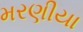
મરણીયા